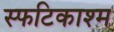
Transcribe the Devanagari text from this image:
स्फटिकाश्म